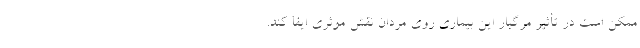
ممکن است در تأثیر مرگبار این بیماری روی مردان نقش موثری ایفا کند.